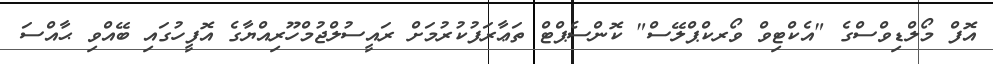
އޮފް މޯލްޑިވްސްގެ "އެކްޓިވް ވޯރކްޕްލޭސް" ކޮންސެޕްޓް ތަޢާރަފުކުރުމަށް ރައީސުލްޖުމްހޫރިއްޔާގެ އޮފީހުގައި ބޭއްވި ޙާއްސަ